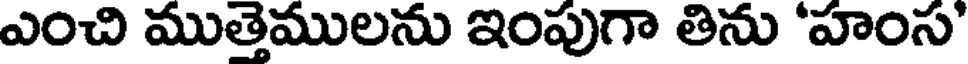
ఎంచి ముత్తెములను ఇంపుగా తిను 'హంస'